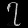
Digit: ၇